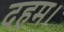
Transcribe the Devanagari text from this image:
दहम।